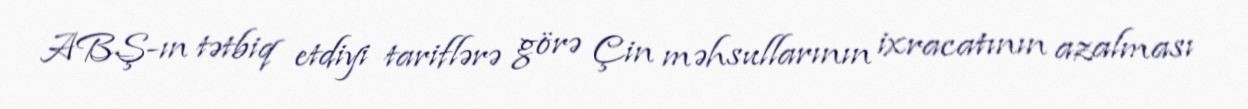
ABŞ-ın tətbiq etdiyi tariflərə görə Çin məhsullarının ixracatının azalması